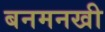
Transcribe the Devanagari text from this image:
बनमनखी